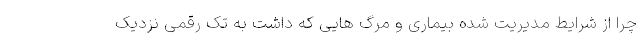
چرا از شرایط مدیریت شده بیماری و مرگ هایی که داشت به تک رقمی نزدیک